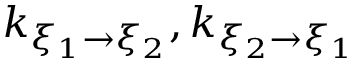
k _ { \xi _ { 1 } \rightarrow \xi _ { 2 } } , k _ { \xi _ { 2 } \rightarrow \xi _ { 1 } }